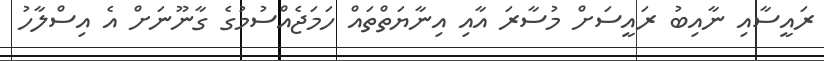
ރައީސާއި ނާއިބު ރައީސަށް މުސާރަ އާއި އިނާޔަތްތައް ހަމަޖެއްސުމުގެ ގާނޫނަށް އެ އިސްލާހު